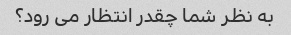
به نظر شما چقدر انتظار می رود؟